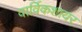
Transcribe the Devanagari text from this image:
वार्विकशायर